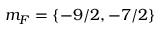
m _ { F } = \{ - 9 / 2 , - 7 / 2 \}